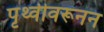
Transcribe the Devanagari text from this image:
पृथ्वीवरूनन